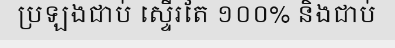
ប្រឡងជាប់ ស្ទើរតែ ១០០% និងជាប់